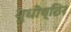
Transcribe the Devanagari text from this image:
युधीष्ठिर